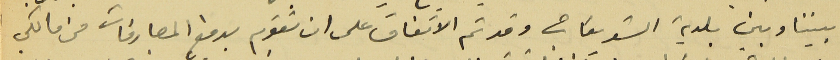
بيننا وبين بلدية الشويفات وقد تم الاتفاق على ان تقوم بدفع المصارفات من مالكي